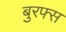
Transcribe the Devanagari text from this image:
बुरफ्स